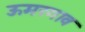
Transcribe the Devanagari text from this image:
ऊमरगाव